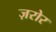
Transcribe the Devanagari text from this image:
ज़रोर